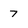
Character: 7